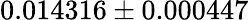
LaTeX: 0.014316\pm 0.000447